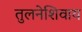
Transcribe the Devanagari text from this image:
तुलनेशिवाय